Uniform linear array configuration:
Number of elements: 24
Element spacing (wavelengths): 0.75
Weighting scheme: blackman
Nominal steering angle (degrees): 30
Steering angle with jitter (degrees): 28.208
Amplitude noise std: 0.05
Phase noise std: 0.05

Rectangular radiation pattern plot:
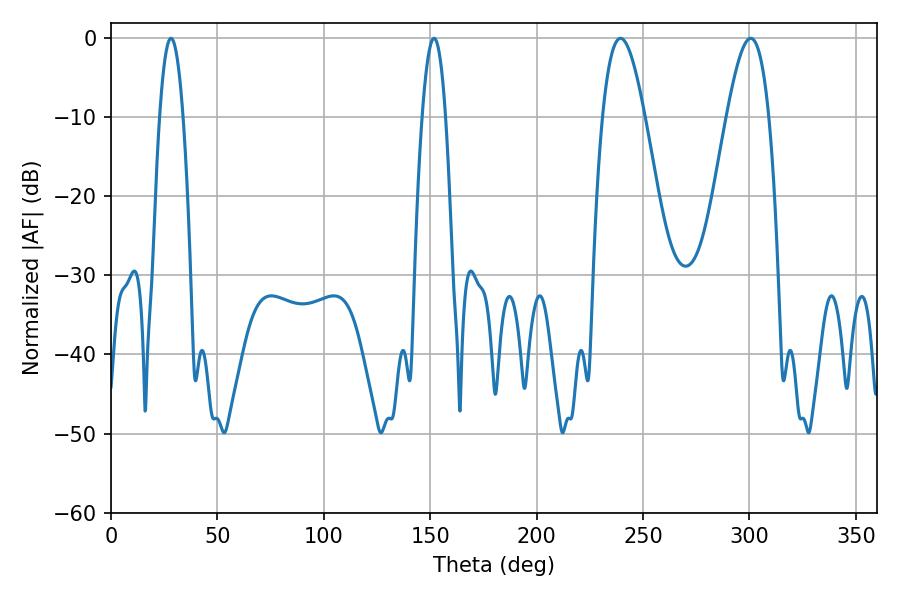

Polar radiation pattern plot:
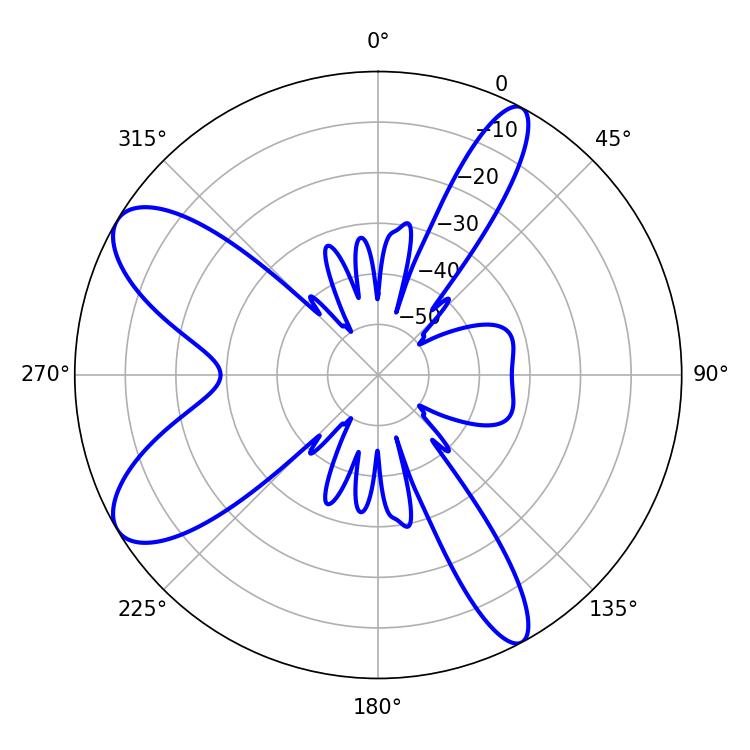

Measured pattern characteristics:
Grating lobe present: TRUE
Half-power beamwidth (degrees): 10.62
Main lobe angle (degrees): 239.4